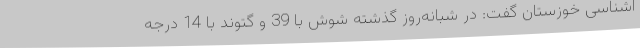
اشناسی خوزستان گفت: در شبانه‌روز گذشته شوش با 39 و گتوند با 14 درجه